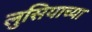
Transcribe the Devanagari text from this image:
लुसियाच्या